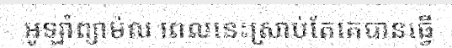
អូឡាំព្យាម៉ល ពេលនេះស្រាប់តែគេបានធ្វើ